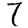
Digit: 7